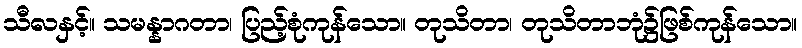
သီလနှင့်။ သမန္နာဂတာ၊ ပြည့်စုံကုန်သော။ တုသိတာ၊ တုသိတာဘုံ၌ဖြစ်ကုန်သော။